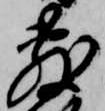
敷